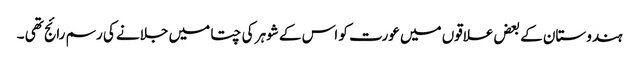
ہندوستان کے بعض علاقوں میں عورت کو اس کے شوہر کی چتا میں جلانے کی رسم رائج تھی ۔